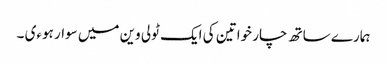
ہمارے ساتھ چار خواتین کی ایک ٹولی وین میں سوار ہوءی ۔